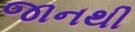
જાનથી